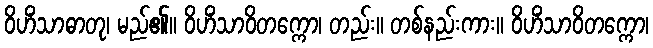
ဝိဟိံသာဓာတု၊ မည်၏။ ဝိဟိံသာဝိတက္ကော၊ တည်း။ တစ်နည်းကား။ ဝိဟိံသာဝိတက္ကော၊